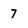
Character: 7